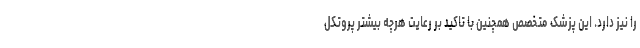
را نیز دارد. این پزشک متخصص همچنین با تاکید بر رعایت هرچه بیشتر پروتکل